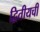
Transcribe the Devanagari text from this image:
द्वितीयची